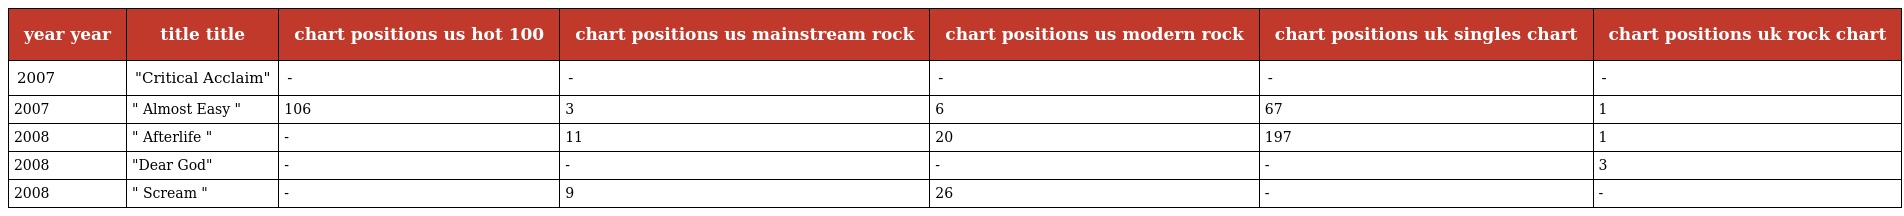
| year year | title title | chart positions us hot 100 | chart positions us mainstream rock | chart positions us modern rock | chart positions uk singles chart | chart positions uk rock chart |
 | --- | --- | --- | --- | --- | --- | --- |
 | 2007 | "Critical Acclaim" | - | - | - | - | - |
 | 2007 | " Almost Easy " | 106 | 3 | 6 | 67 | 1 |
 | 2008 | " Afterlife " | - | 11 | 20 | 197 | 1 |
 | 2008 | "Dear God" | - | - | - | - | 3 |
 | 2008 | " Scream " | - | 9 | 26 | - | - |